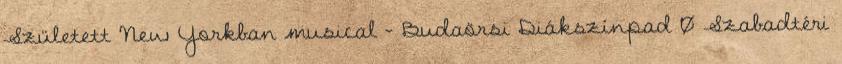
Született New Yorkban musical – Budaörsi Diákszínpad 0 Szabadtéri